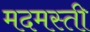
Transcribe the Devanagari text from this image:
मदमस्ती